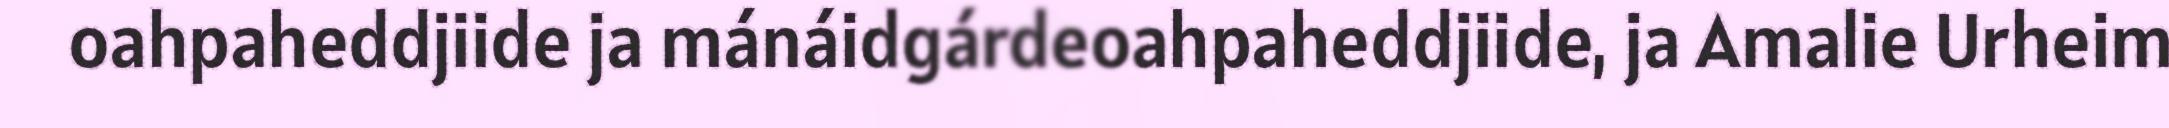
oahpaheddjiide ja mánáidgárdeoahpaheddjiide, ja Amalie Urheim